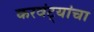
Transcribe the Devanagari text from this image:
करवंट्यांचा